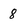
Character: 8